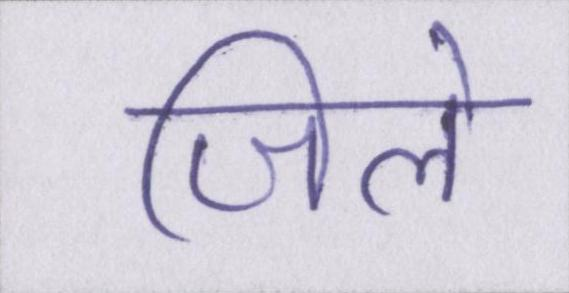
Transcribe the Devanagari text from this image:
जिले